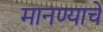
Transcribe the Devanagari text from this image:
मानण्याचे